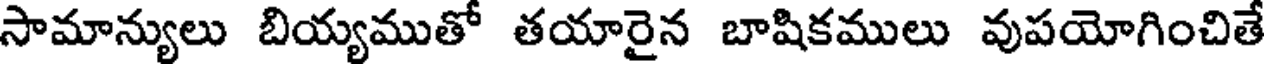
సామాన్యులు బియ్యముతో తయారైన బాషికములు వుపయోగించితే